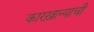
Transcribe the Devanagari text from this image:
कारख़ान्याची